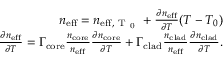
\begin{array} { r } { n _ { \mathrm { e f f } } = n _ { \mathrm { e f f , ~ T ~ _ 0 ~ } } + \frac { \partial n _ { \mathrm { e f f } } } { \partial T } ( T - T _ { 0 } ) } \\ { \frac { \partial n _ { \mathrm { e f f } } } { \partial T } = \Gamma _ { \mathrm { c o r e } } \frac { n _ { \mathrm { c o r e } } } { n _ { \mathrm { e f f } } } \frac { \partial n _ { \mathrm { c o r e } } } { \partial T } + \Gamma _ { \mathrm { c l a d } } \frac { n _ { \mathrm { c l a d } } } { n _ { \mathrm { e f f } } } \frac { \partial n _ { \mathrm { c l a d } } } { \partial T } . } \end{array}